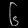
Digit: ၆